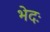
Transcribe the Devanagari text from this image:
भेदः